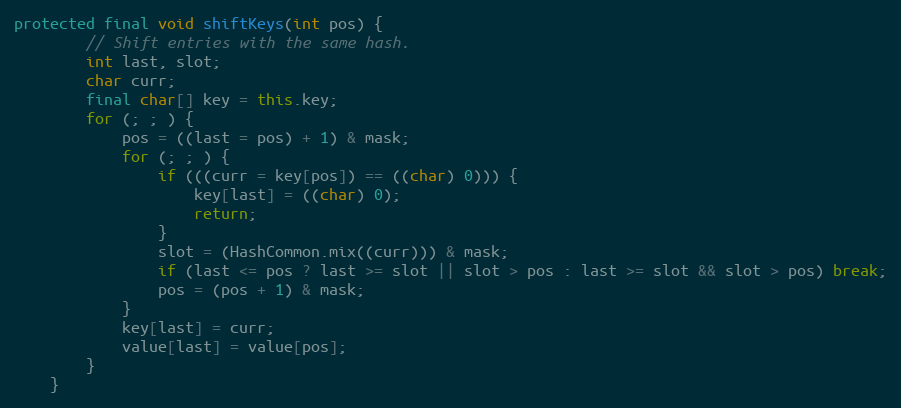
Language: Java
protected final void shiftKeys(int pos) {
        // Shift entries with the same hash.
        int last, slot;
        char curr;
        final char[] key = this.key;
        for (; ; ) {
            pos = ((last = pos) + 1) & mask;
            for (; ; ) {
                if (((curr = key[pos]) == ((char) 0))) {
                    key[last] = ((char) 0);
                    return;
                }
                slot = (HashCommon.mix((curr))) & mask;
                if (last <= pos ? last >= slot || slot > pos : last >= slot && slot > pos) break;
                pos = (pos + 1) & mask;
            }
            key[last] = curr;
            value[last] = value[pos];
        }
    }